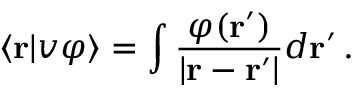
\langle { \mathbf r } | v \varphi \rangle = \int \frac { \varphi ( { \mathbf r ^ { \prime } } ) } { | { \mathbf r } - { \mathbf r ^ { \prime } } | } d { \mathbf r ^ { \prime } } \, .